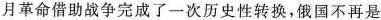
月革命借助战争完成了一次历史性转换，俄国不再是